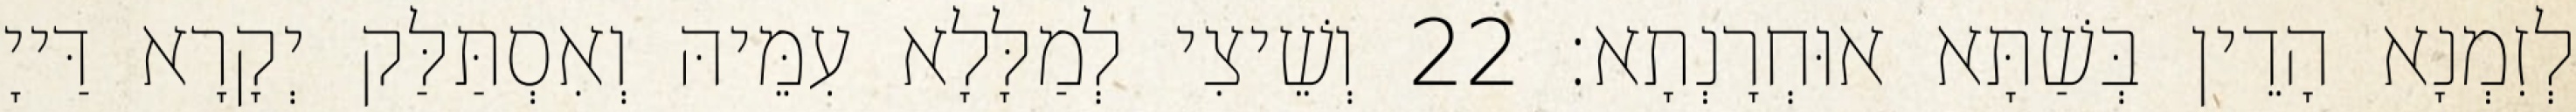
לְזִמְנָא הָדֵין בְּשַׁתָּא אוּחְרָנְתָא׃ 22 וְשֵׁיצִי לְמַלָּלָא עִמֵּיהּ וְאִסְתַּלַּק יְקָרָא דַּייָ